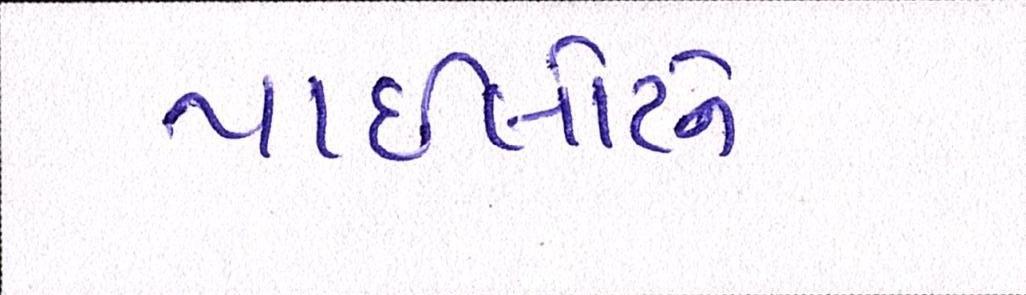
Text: પાઈલોટને